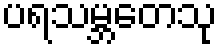
ပရသမ္ဘတေသု